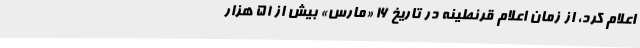
اعلام کرد، از زمان اعلام قرنطینه در تاریخ 16 «مارس» بیش از 51 هزار